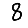
Digit: 8